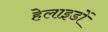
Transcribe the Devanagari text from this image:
हेलाइडों